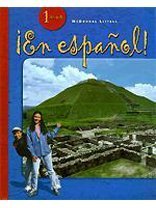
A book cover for En Espanol, Level 1 (?En espa?ol!) (Spanish Edition); Estella Gahala; Teen & Young Adult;